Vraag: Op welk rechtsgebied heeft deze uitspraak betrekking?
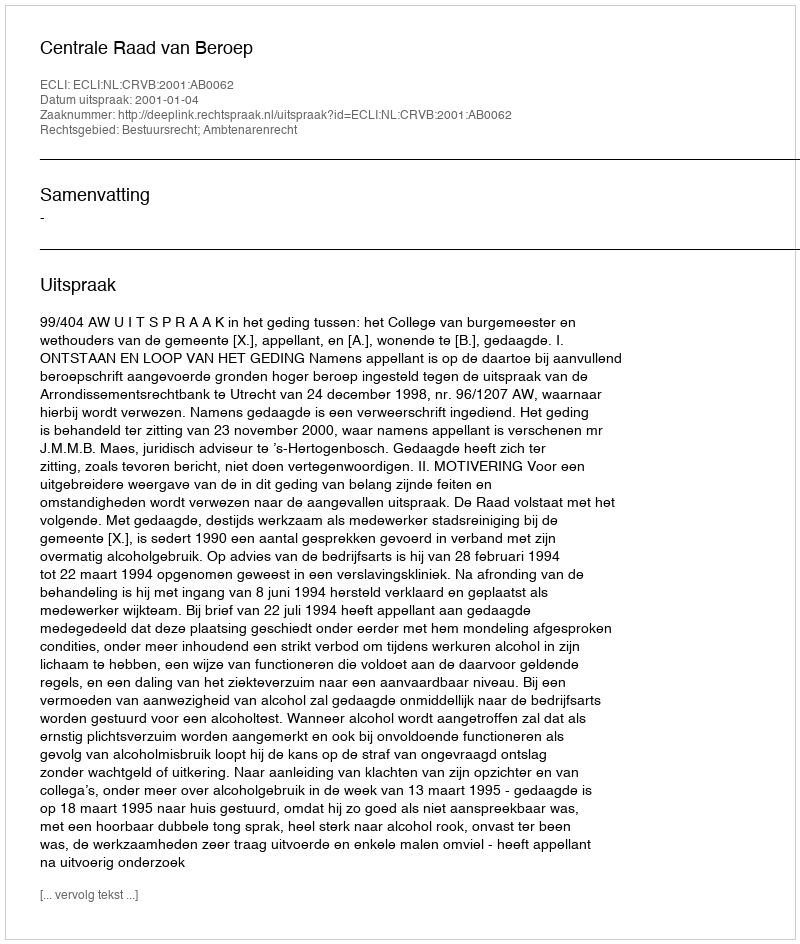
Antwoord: Bestuursrecht; Ambtenarenrecht